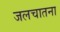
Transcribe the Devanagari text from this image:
जलचातना